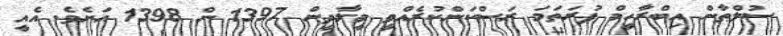
ސުލްޠާން އިބްރާހީމް ފުރަތަމަ ރަސްކަންކުރެއްވީ މީލާދީން 1397 ން 1398 އަށެވެ. އެއީ